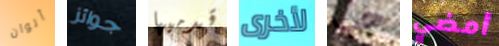
ألوان جوائز قدميها لأخرى حب أمضي